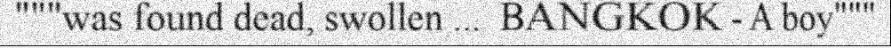
"""was found dead, swollen ...  BANGKOK - A boy"""